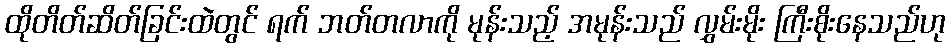
ထိုတိတ်ဆိတ်ခြင်းထဲတွင် ရက် ဘတ်တလာကို မုန်းသည့် အမုန်းသည် လွှမ်းမိုး ကြီးစိုးနေသည်ဟု